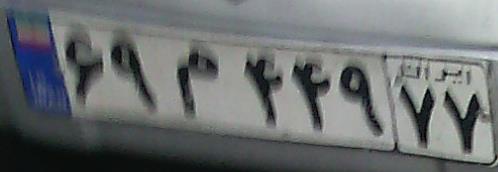
۶۹م۴۴۹۷۷